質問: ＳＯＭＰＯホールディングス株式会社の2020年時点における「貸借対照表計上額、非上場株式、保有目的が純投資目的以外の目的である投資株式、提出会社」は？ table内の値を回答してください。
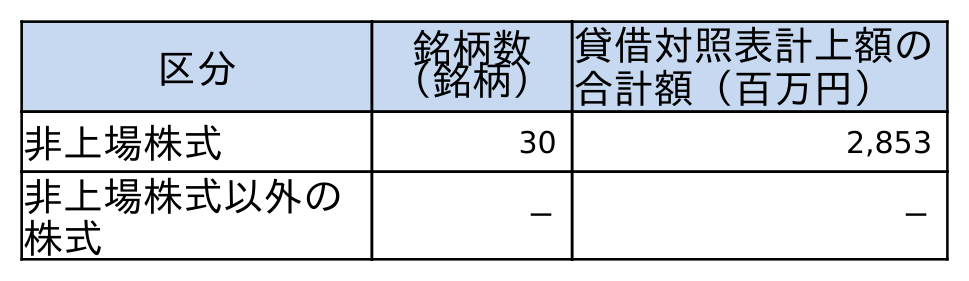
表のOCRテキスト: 区分 銘柄数 （銘柄） 貸借対照表計上額の 合計額（百万円） 非上場株式 30 2,853 非上場株式以外の 株式 － －
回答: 2,853